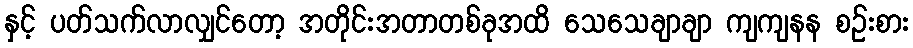
နှင့် ပတ်သက်လာလျှင်တော့ အတိုင်းအတာတစ်ခုအထိ သေသေချာချာ ကျကျနန စဉ်းစား